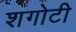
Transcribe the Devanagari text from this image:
शगोटी